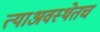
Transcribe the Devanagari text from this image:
त्याअवस्थेतच